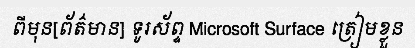
ពីមុន[ព័ត៌មាន] ទូរស័ព្ទ Microsoft Surface ត្រៀមខ្លួន